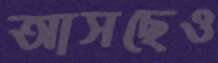
আসছেও